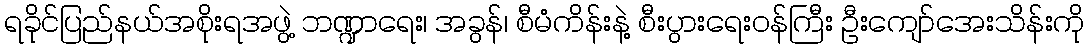
ရခိုင်ပြည်နယ်အစိုးရအဖွဲ့ ဘဏ္ဍာရေး၊ အခွန်၊ စီမံကိန်းနဲ့ စီးပွားရေးဝန်ကြီး ဦးကျော်အေးသိန်းကို